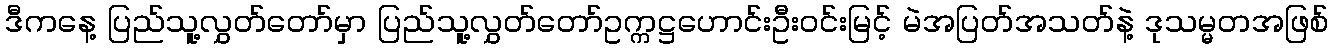
ဒီကနေ့ ပြည်သူ့လွှတ်တော်မှာ ပြည်သူ့လွှတ်တော်ဥက္ကဋ္ဌဟောင်းဦးဝင်းမြင့် မဲအပြတ်အသတ်နဲ့ ဒုသမ္မတအဖြစ်